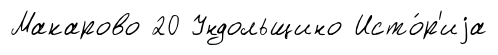
Макарово 20 Ундольщино Исто́р'иjа